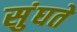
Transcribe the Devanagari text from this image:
सुंघते